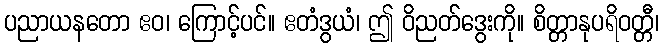
ပညာယနတော ဧဝ၊ ကြောင့်ပင်။ ဧတံဒွယံ၊ ဤ ဝိညတ်ဒွေးကို။ စိတ္တာနုပရိဝတ္တီ၊